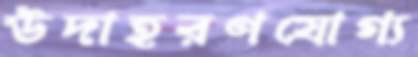
উদাহরণযোগ্য